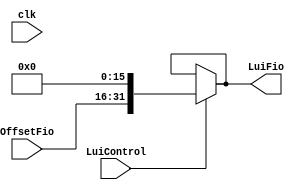
module CaixaLui(input wire [0:0] LuiControl, input wire [0:0] clk, input wire [15:0] OffsetFio, output wire [31:0] LuiFio);

assign LuiFio = (LuiControl) ? {OffsetFio,16'd0} : LuiFio;

endmodule